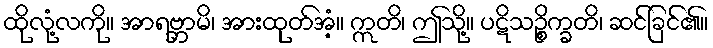
ထိုလုံ့လကို။ အာရဗ္ဘာမိ၊ အားထုတ်အံ့။ ဣတိ၊ ဤသို့။ ပဋိသဉ္စိက္ခတိ၊ ဆင်ခြင်၏။